Civil Veterinary Dept. North-West Frontier Province 1933-46 - 1933-1946
Year: 1933
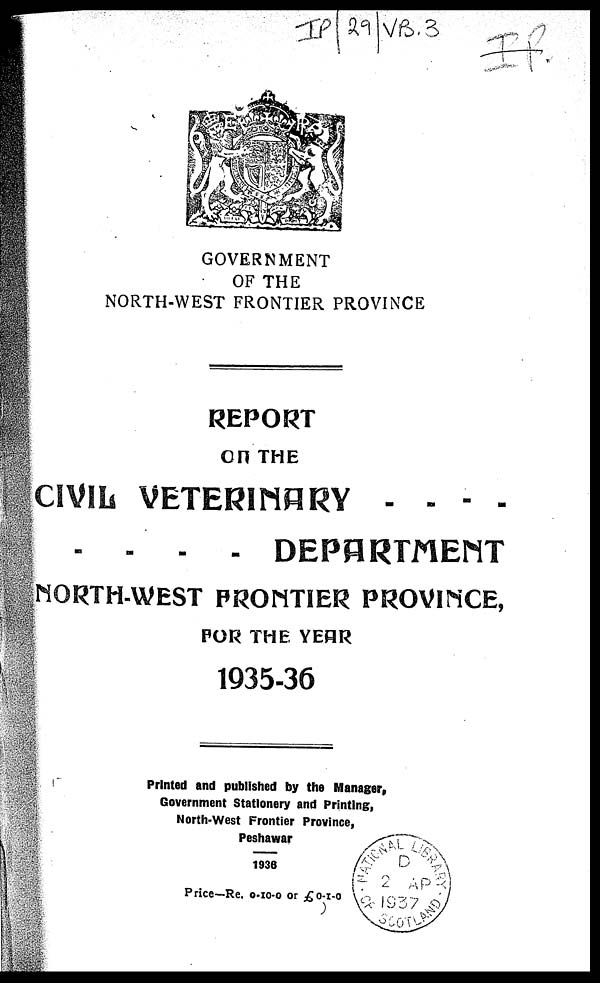
GOVERNMENT
OF THE
NORTH-WEST FRONTIER PROVINCE
REPORT
ON THE
CIVIL VETERINARY . . . .
. . . . DEPARTMENT
NORTH-WEST FRONTIER PROVINCE,
FOR THE YEAR
1935-36
Printed and published by the Manager,
Government Stationery and Printing,
North-West Frontier Province,
Peshawar
1936
Price—Re. 0-10-0 or £ 0-1-0